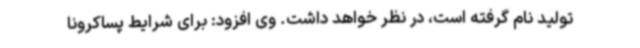
تولید نام گرفته است، در نظر خواهد داشت. وی افزود: برای شرایط پساکرونا